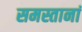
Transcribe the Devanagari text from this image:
समस्तानां